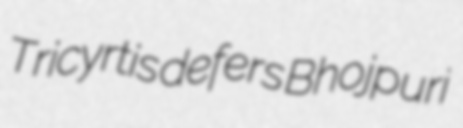
Tricyrtis defers Bhojpuri